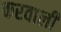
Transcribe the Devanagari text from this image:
करवाली